system: You are a helpful assistant.
user:
Analyze the provided spectrum to determine if it is a **Carbon Star (C-type)**.

- **Key Visual Indicators of Carbon Star:**
    - **(Primary):** Strong molecular absorption from **C₂ (diatomic carbon) "Swan Bands."** This is the **defining feature** of a carbon star.
        - **(Key Bandheads):** Sharp absorption edges are visible at approximately $5635$ Å, $5165$ Å (the strongest band), and $4737$ Å.
        - **(Line Profile):** Creates a distinct **"saw-tooth"** pattern. The key morphology is a sharp, steep bandhead on the **red (long-wavelength) side**, which then gradually tapers off (i.e., flux recovers) towards the **blue (short-wavelength) side**. *(This is the direct opposite of the TiO bands seen in M-type stars)*.

    - **(Secondary):** Intense **CN (cyanogen)** molecular absorption bands.
        - **(Key Bandheads):** Located in the blue and violet regions of the spectrum (e.g., near $4215$ Å and $3883$ Å).
        - **(Morphology):** These bands are extremely broad and act as a "blanket," absorbing the vast majority of blue and violet light. This creates a characteristic **"cliff"** or **"steep drop-off"** in the spectrum's flux at short wavelengths.

    - **(Key Confirmation):** Strong **CH absorption band (G-band)**.
        - **(Key Bandhead):** Located around $4300$ Å. The contribution from CH molecules to this band is exceptionally strong.

    - **(Overall Spectrum):**
        - The continuum is severely "chopped up" by these deep molecular bands, especially C₂, rather than appearing as a smooth curve.
        - Due to the heavy CN and C₂ absorption in the blue-green, the vast majority of the star's flux is concentrated in the red part of the spectrum, giving the star its characteristic deep red color.

Think first, call **spectral_visualization_tool** if needed to examine features in detail, then provide your final answer. Your response must adhere to the following strict rules:
1.  **Overall Structure:** Your response must follow the format `<think>...</think> <tool_call>...</tool_call> (if a tool is used) <answer>...</answer>`.
2.  **Tool Usage Constraint:** You may only make **one** tool call per turn.
3.  **Final Answer Format:** In the `<answer>` tag, your conclusion must be inside a `\boxed{}` command (e.g., `\boxed{YES}`), followed by your justification.

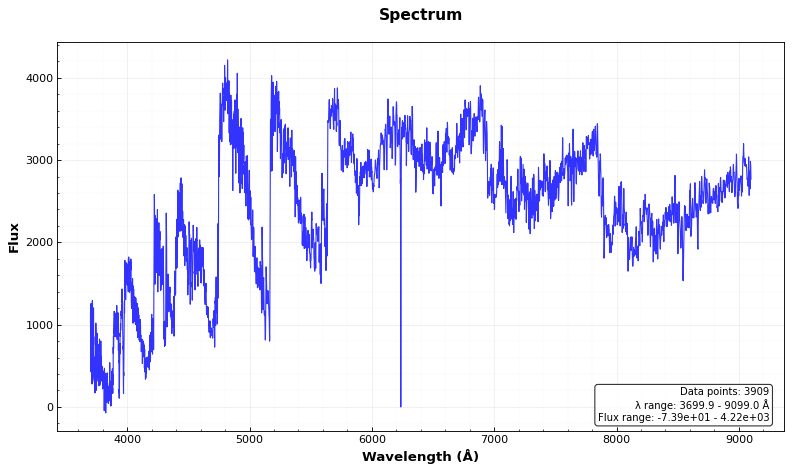
Answer: YES